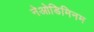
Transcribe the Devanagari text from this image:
नेओडिमिनम